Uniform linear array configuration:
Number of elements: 64
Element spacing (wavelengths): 0.25
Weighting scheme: binomial
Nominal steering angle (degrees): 15
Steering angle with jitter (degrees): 15.892
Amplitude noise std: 0.05
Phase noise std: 0.05

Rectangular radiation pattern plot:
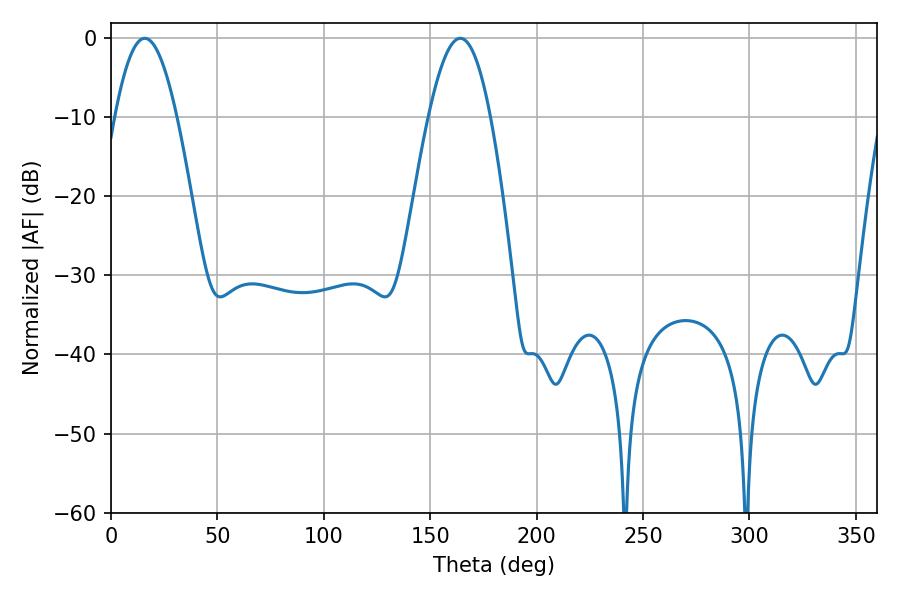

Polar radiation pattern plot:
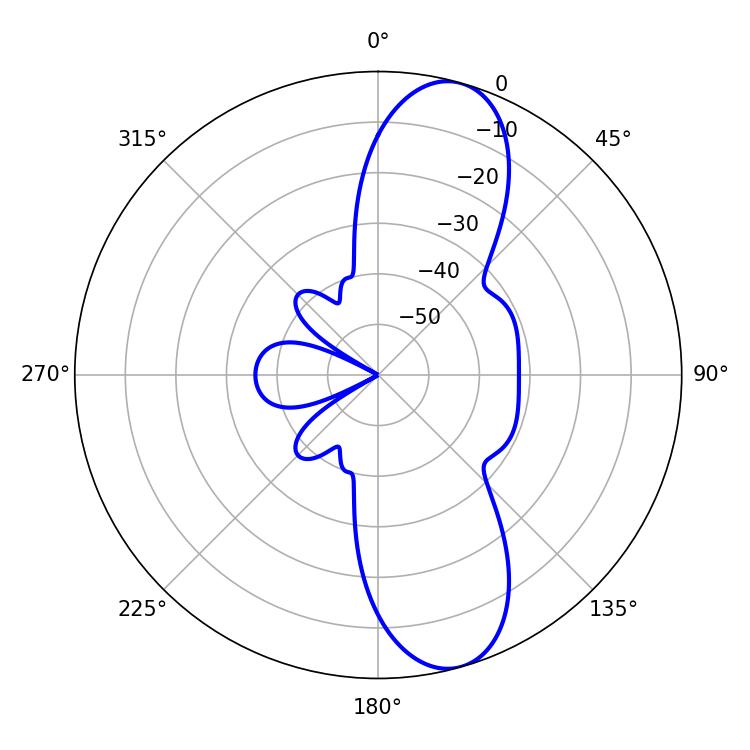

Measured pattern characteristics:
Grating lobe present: FALSE
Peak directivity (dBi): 10.814
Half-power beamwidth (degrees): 15.84
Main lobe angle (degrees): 164.16